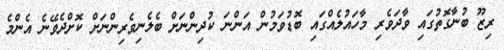
ރިޒޫ ބުނާގޮތުގައި ވާދަވެރި މާހައުލެއްގައި ބޮޑުވަމުން އަންނަ ކުދިންނަށް ބެލެނިވެރިންނަށް ކޮށްދެވޭނެ އެންމެ